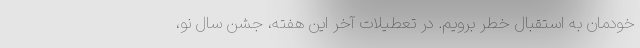
خودمان به استقبال خطر برویم. در تعطیلات آخر این هفته، جشن سال نو،